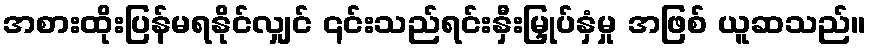
အစားထိုးပြန်မရနိုင်လျှင် ၎င်းသည်ရင်းနှီးမြှုပ်နှံမှု အဖြစ် ယူဆသည်။